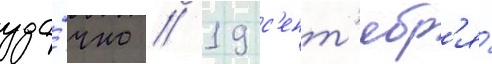
уда́чно // 19 с'ент'ябр'я́